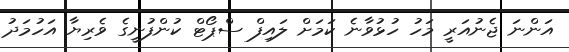
އަންނަ ޖެނުއަރީ މަހު ހުޅުވާނެ ކަމަށް ލައިފް ސްޕޯޓް ކުންފުނީގެ ވެރިޔާ އަހުމަދު